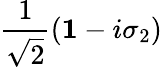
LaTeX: \frac{1}{\sqrt{2}}\left({\mathbf 1}-i\sigma_{2}\right)